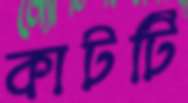
কাটটি